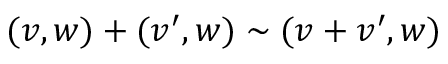
( v , w ) + ( v ^ { \prime } , w ) \sim ( v + v ^ { \prime } , w )